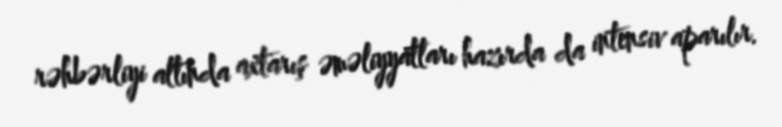
rəhbərliyi altında axtarış əməliyyatları hazırda da intensiv aparılır.